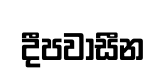
දීපවාසීන